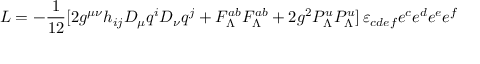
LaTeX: { \cal L } = - { \frac { 1 } { 1 2 } } [ 2 g ^ { \mu \nu } h _ { i j } { \cal D } _ { \mu } q ^ { i } { \cal D } _ { \nu } q ^ { j } + F _ { \Lambda } ^ { a b } F _ { \Lambda } ^ { a b } + 2 g ^ { 2 } { \cal P } _ { \Lambda } ^ { u } { \cal P } _ { \Lambda } ^ { u } ] \, \varepsilon _ { c d e f } e ^ { c } e ^ { d } e ^ { e } e ^ { f }